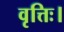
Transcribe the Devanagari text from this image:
वृत्तिः।